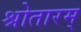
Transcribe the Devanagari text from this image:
श्रोतारम्